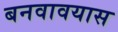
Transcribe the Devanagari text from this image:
बनवावयास